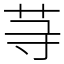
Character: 䒭